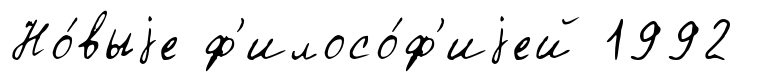
Но́выjе ф'илосо́ф'иjей 1992